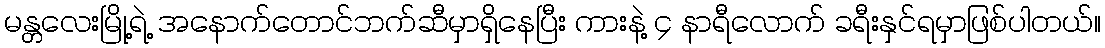
မန္တလေးမြို့ရဲ့ အနောက်တောင်ဘက်ဆီမှာရှိနေပြီး ကားနဲ့ ၄ နာရီလောက် ခရီးနှင်ရမှာဖြစ်ပါတယ်။